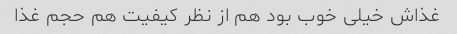
غذاش خیلی خوب بود هم از نظر کیفیت هم حجم غذا